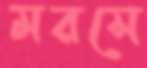
মরসে